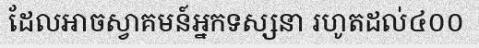
ដែលអាចស្វាគមន៍អ្នកទស្សនា រហូតដល់៤០០